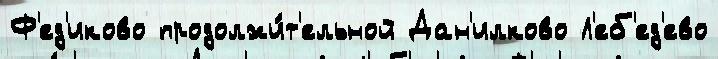
Ф'ед'иково продолжи́т'ельной Дан'илково Л'еб'ед'ево